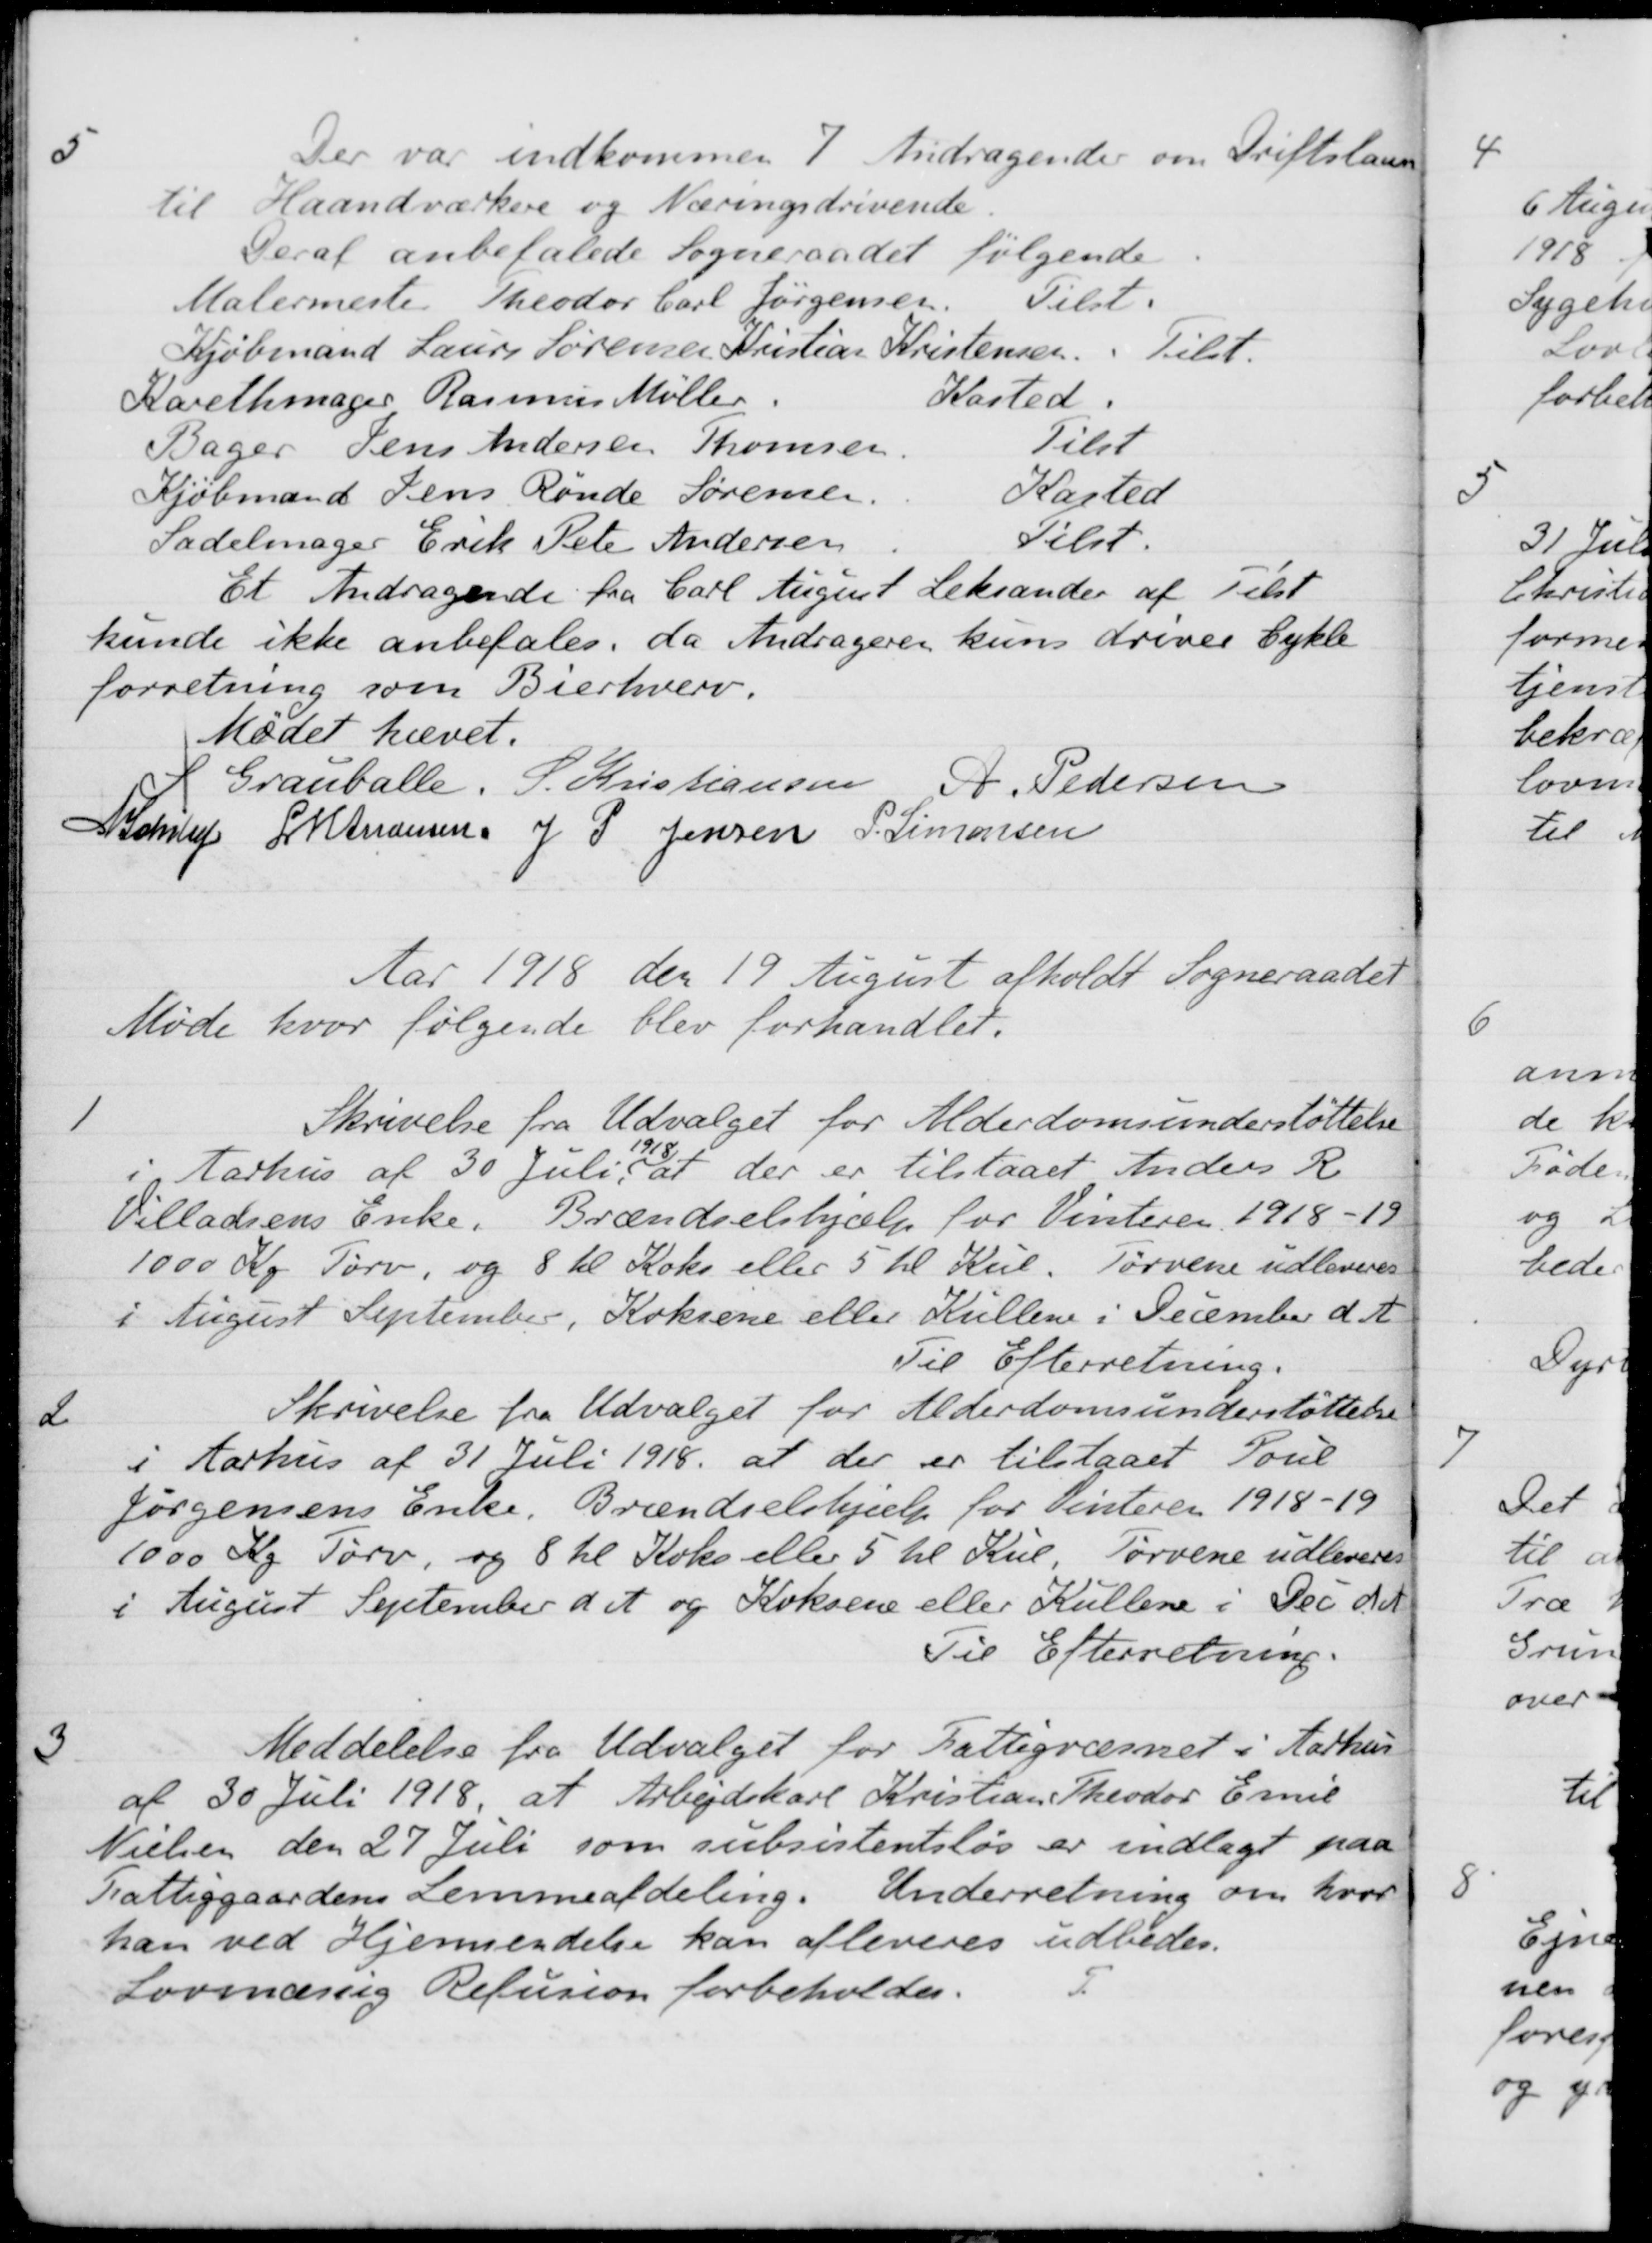
Transskription:
6
Der var indkommen 7. Andragender om Driftslaan
til Haandværkere og Næringsdrivende
Deraf anbefalede Sogneraadet følgende
Malermeste Theodor Carl Jørgensen
Tilst.
Kjøbmand Laurs Sørensen Kristian Kristensen
Tilst.
Karethmager Rasmus Møller
Kasted.
Bager Jens Andersen Thomsen
Tilst
Kjøbmand Jens Rønde Sørensen
KKasted
Sadelmager Erik Peter Andersen
Tilst.
Et Andragende fra Carl August Leksander af Tilst
kunde ikke anbefales, da Andrageren kuns driver Cykle
forretning som Bierhverv.
Mødet hævet.
S Grauballe.
S. Kristiansen
A. Pedersen
N Schiby
J M Andersen
J P Jensen
P. Simonsen
Aar 1918 den 19 August afholdt Sogneraadet
Møde hvor følgende blev forhandlet.
1
Skrivelse fra Udvalget for Alderdomsunderstøttelse
i Aarhus af 30 Juli 1918 at der er tilstaaet Anders R
Villadsens Enke. Brændselshjælp for Vinteren 1918-19
1000 Kg. Tørv, og 8 hl Koks eller 5 hl Kul. Tørvene udleveres
i August September, Koksene eller Kullene i December d. A.
Til Efterretning.
2
Skrivelse fra Udvalget for Alderdomsunderstøttelse
i Aarhus af 31 Juli 1918, at der er tilstaaet Poul
Jørgensens Enke. Brændselshjælp for Vinteren 1918-19
1000 Kg. Tørv, og 8 hl Koks eller 5 hl Kul Tørvene udleveres
i August September d A og Koksene eller Kullene i Dec d A
Til Efterretning.
3
Meddelelse fra Udvalget for Fattigvæsnet i Aarhus
af 30 Juli 1918 at Arbejdskarl Kristian Theodor Emil
Nielsen den 27 Juli som subsistentsløs er indlagt paa
Fattiggaardens Lemmeafdeling. Underretning om hvor
han ved Hjemsendelse kan afleveres udbedes.
Lovmæssig Refusion forbeholdes.